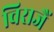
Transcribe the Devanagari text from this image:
विराजैं